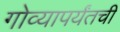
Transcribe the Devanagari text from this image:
गोव्यापर्यंतची